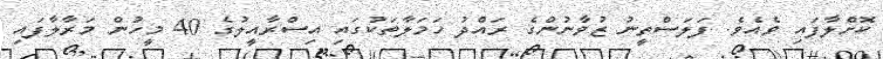
ކޮށްލާފައި ވެއެވެ. ފަލަސްތީނު ޒުވާނުންގެ ރައްދު ހަމަލާތަކުގައި އިސްރާއީލުގެ 40 މީހުން މަރާލާފައި